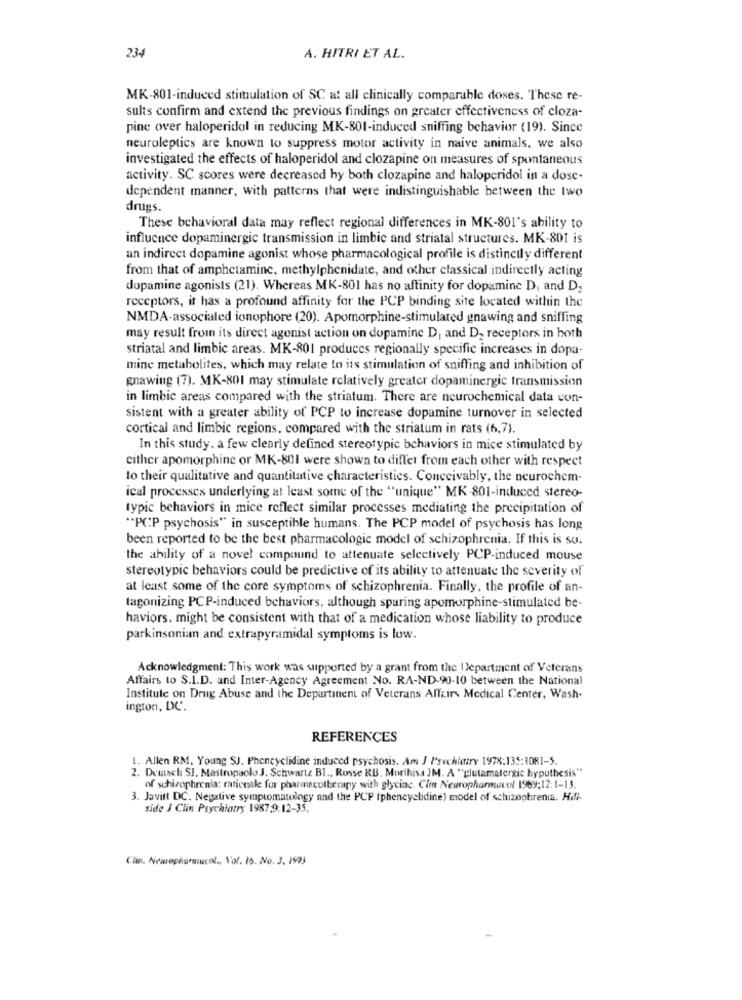
234
A. HITRI ET AL.
MK-801-induced stimulation of SC at all clinically comparable doses. These re-
sults confirm and extend the previous findings on greater effectiveness of cloza-
pine over haloperidol in reducing MK-801-induced sniffing behavior (19). Since
neuroleptics are known to suppress motor activity in naive animals, we also
investigated the effects of haloperidol and clozapine on measures of spontaneous
activity. SC scores were decreased hy both clozapine and haloperidol in a dosc-
dependent manner, with patterns that were indistinguishable between the two
drugs.
These behavioral data may reflect regional differences in MK-801's ability to
influence dopaminergic transmission in limbic and striatal structures. MK-801 is
an indirect dopamine agonist whose pharmacological profile is distinctly different
from that of amphetamine, methylphenidate, and other classical indirectly acting
dopamine agonists (21). Whereas MK-801 has no affinity for dopamine D, and D2
receptors, it has a profound affinity for the PCP binding site located within the
NMDA-associated ionophore (20). Apomorphine-stimulated gnawing and sniffing
may result from its direct agonist action on dopamine D, and D2 receptors in both
striatal and limbic areas. MK-801 produces regionally specific increases in dopa-
mine metabolites, which may relate to its stimulation of sniffing and inhibition of
gnawing (7). MK-801 may stimulate relatively greater dopaminergic transmission
in limbic areas compared with the striatum. There are neurochemical data con-
sistent with a greater ability of PCP to increase dopamine turnover in selected
cortical and limbic regions, compared with the striatum in rats (6,7).
In this study. a few clearly defined stereotypic behaviors in mice stimulated by
cither apomorphine or MK-801 were shown to differ from each other with respect
to their qualitative and quantitative characteristics. Conceivably, the neurochem-
ical processes underlying at least some of the "unique" MR .801-induced stereo-
typic behaviors in mice reflect similar processes mediating the precipitation of
"PCP psychosis" in susceptible humans. The PCP model of psychosis has long
been reported to be the best pharmacologic model of schizophrenia. If this is so.
the ability of a novel compound to attenuate selectively PCP-induced mouse
stereotypic behaviors could be predictive of its ability to attenuate the severity of
at least some of the core symptoms of schizophrenia. Finally, the profile of an-
tagonizing PCP-induced behaviors, although sparing apomorphine-stimulated be-
haviors. might be consistent with that of a medication whose liability to produce
parkinsonian and extrapyramidal symptoms is low.
Acknowledgment: This work was supported by a grant from the Department of Veterans
Affairs to S.I.D. and Inter-Agency Agreement No. RA-ND-90-10 between the National
Institute on Drug Abuse and the Departinent of Veterans Affairs Medical Center, Wash-
ington, DC.
REFERENCES
L. Allen RM, Young SJ. Phencyclidine induced psychosis. Am J Psychiatry 1978:135:1081-5.
2. Deutsch SI. Mastropaolo J. Schwartz BI ., Rosse RB, Morihisa JM. A "glutamalergic hypothesis"
of schizophrenia: rationale for pharmacotherapy with glycing. Clin Newropharmacof 1969:12:1-13.
3. Javitt DC. Negative symptomatology and the PCP (phencyclidine) model of schizophrenia. Hill-
side J Clin Psychiatry 1987,9:12-35.
Clin. Newrepharmacol ., Vol. 16. No. 3. 1993